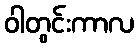
ဝါတွင်းကာလ